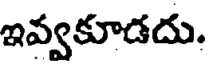
ఇవ్వకూడదు.